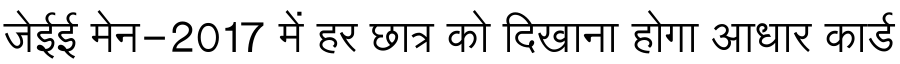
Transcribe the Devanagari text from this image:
जेईई मेन-2017 में हर छात्र को दिखाना होगा आधार कार्ड